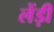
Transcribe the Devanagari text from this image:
लेंड़ी